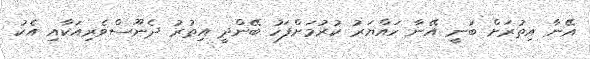
އޭނާ އިތުރަށް ބުނީ އޭނާ ހައްޔަރު ކުރުމަށްފަހު ބޭންދީ އިތުރު ދެނޫސްވެރިއަކާއި އެކު